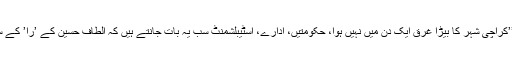
ان کا کہنا تھا، ’’کراچی شہر کا بیڑا غرق ایک دن میں نہیں ہوا، حکومتیں، ادارے، اسٹیبلشمنٹ سب یہ بات جانتے ہیں کہ الطاف حسین کے ’را’ کے ساتھ تعلقات ہیں۔